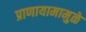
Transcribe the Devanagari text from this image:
प्राणायामामुळे